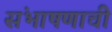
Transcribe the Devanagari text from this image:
संभाषणाची